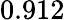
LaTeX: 0.912